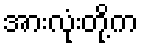
အားလုံးတို့က